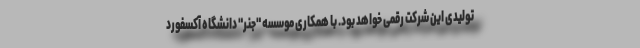
تولیدی این شرکت رقمی خواهد بود. با همکاری موسسه "جنر" دانشگاه آکسفورد